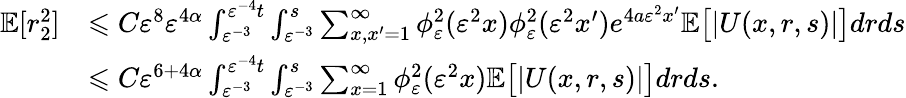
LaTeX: \begin{array}{rl}{\mathbb{E}[r_{2}^{2}]}&{\leqslant C\varepsilon^{8}\varepsilon^{4\alpha}\int_{\varepsilon^{-3}}^{\varepsilon^{-4}t}\int_{\varepsilon^{-3}}^{s}\sum_{x,x^{\prime}=1}^{\infty}\phi_{\varepsilon}^{2}(\varepsilon^{2}x)\phi_{\varepsilon}^{2}(\varepsilon^{2}x^{\prime})e^{4a\varepsilon^{2}x^{\prime}}\mathbb{E}\big[|U(x,r,s)|\big]drds}\\ &{\leqslant C\varepsilon^{6+4\alpha}\int_{\varepsilon^{-3}}^{\varepsilon^{-4}t}\int_{\varepsilon^{-3}}^{s}\sum_{x=1}^{\infty}\phi_{\varepsilon}^{2}(\varepsilon^{2}x)\mathbb{E}\big[|U(x,r,s)|\big]drds.}\end{array}